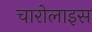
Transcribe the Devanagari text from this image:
चारोलाइस